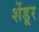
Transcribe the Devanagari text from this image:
शेंडूर